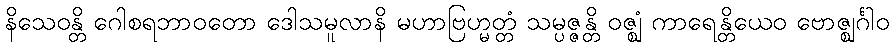
နိသေဝန္တိ ဂေါစရဘာဝတော ဒေါသမူလာနိ မဟာဗြဟ္မတ္တံ သမ္ပဇ္ဇန္တိ ဝဇ္ဈံ ကာရေန္တိယေဝ ဗောဇ္ဈင်္ဂါဝ